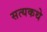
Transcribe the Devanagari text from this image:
सत्यकथे